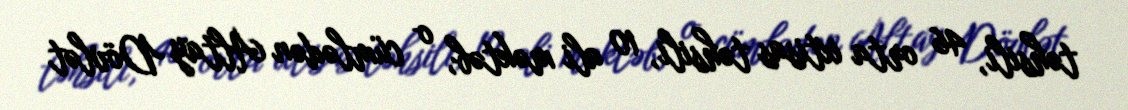
təhsili, 46 orta ixtisas təhsili, 10 ali məktəb, o cümlədən Altay Dövlət